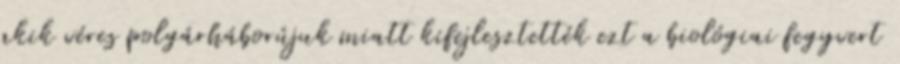
akik véres polgárháborújuk miatt kifejlesztették ezt a biológiai fegyvert